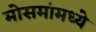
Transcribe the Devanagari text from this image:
मोसमांमध्ये